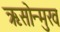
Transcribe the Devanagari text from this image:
ऋसोन्मुख